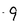
Character: 9